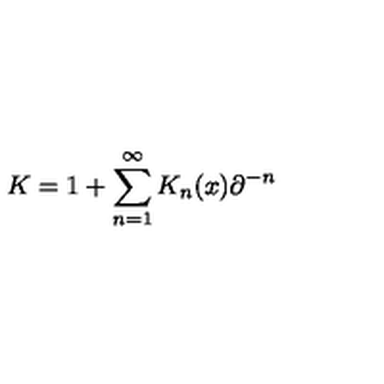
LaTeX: K = 1 + \sum _ { n = 1 } ^ { \infty } K _ { n } ( x ) \partial ^ { - n }